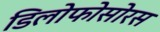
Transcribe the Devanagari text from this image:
डिलोफोसोरस